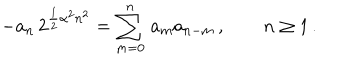
LaTeX: - a _ { n } \, 2 ^ { { \frac { 1 } { 2 } } \alpha ^ { 2 } n ^ { 2 } } = \sum _ { m = 0 } ^ { n } \, a _ { m } a _ { n - m } \, , \qquad n \geq 1 \, .